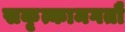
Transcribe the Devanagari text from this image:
सकृत्कामगतौ